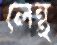
লেন্থ